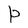
Character: P